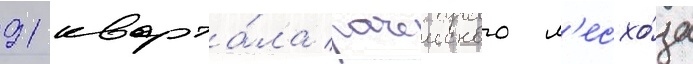
91 кварта́ла рачеиского л'есхо́за